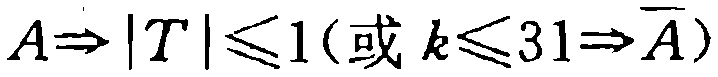
$A\Rightarrow |T|\leqslant 1(\text{或 }k\leqslant 31\Rightarrow \overline{A})$